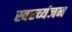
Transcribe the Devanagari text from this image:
स्वरव्यंजन